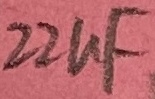
Text: 22uF